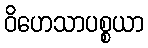
ဝိဟေသာပစ္စယာ